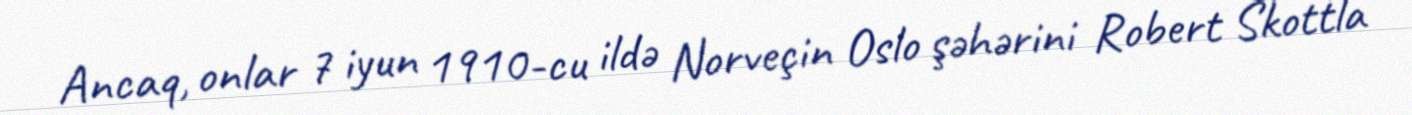
Ancaq, onlar 7 iyun 1910-cu ildə Norveçin Oslo şəhərini Robert Skottla